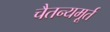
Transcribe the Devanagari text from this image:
चैतन्यमूर्त